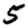
Digit: 5